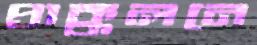
প্রাক্কলনে